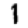
Digit: 1